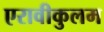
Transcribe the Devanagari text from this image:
एरावीकुलम